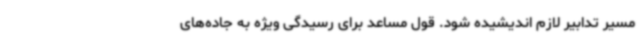
مسیر تدابیر لازم اندیشیده شود. قول مساعد برای رسیدگی ویژه به جاده‌های